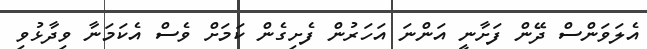
އެލަވަންސް ދޭން ފަށާނީ އަންނަ އަހަރުން ފެށިގެން ކަމަށް ވެސް އެކަމަނާ ވިދާޅުވި